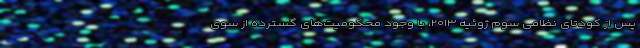
پس از کودتای نظامی سوم ژوئیه ۲۰۱۳، با وجود محکومیت‌های گسترده از سوی